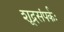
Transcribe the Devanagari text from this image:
शूद्रसंपर्कः